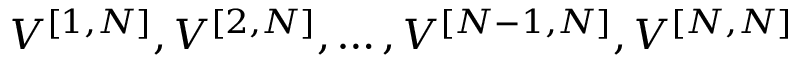
V ^ { [ { 1 } , { N } ] } , V ^ { [ { 2 } , { N } ] } , \ldots , V ^ { [ { N - 1 } , { N } ] } , V ^ { [ { N } , { N } ] }